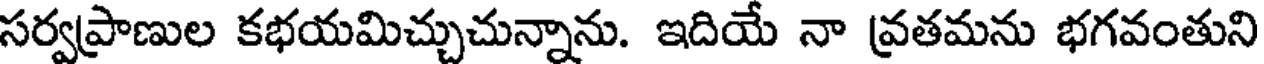
సర్వప్రాణుల కభయమిచ్చుచున్నాను. ఇదియే నా వ్రతమను భగవంతుని